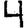
Digit: 4